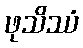
ဖုသိဿံ